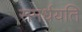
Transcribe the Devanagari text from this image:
समर्धयति